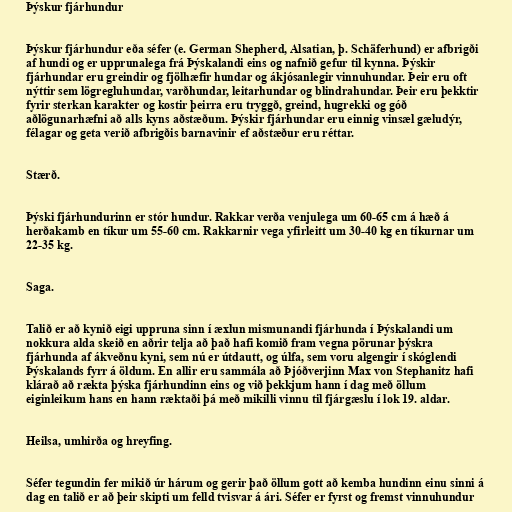
Þýskur fjárhundur

Þýskur fjárhundur eða séfer (e. German Shepherd, Alsatian, þ. Schäferhund) er afbrigði
af hundi og er upprunalega frá Þýskalandi eins og nafnið gefur til kynna. Þýskir
fjárhundar eru greindir og fjölhæfir hundar og ákjósanlegir vinnuhundar. Þeir eru oft
nýttir sem lögregluhundar, varðhundar, leitarhundar og blindrahundar. Þeir eru þekktir
fyrir sterkan karakter og kostir þeirra eru tryggð, greind, hugrekki og góð
aðlögunarhæfni að alls kyns aðstæðum. Þýskir fjárhundar eru einnig vinsæl gæludýr,
félagar og geta verið afbrigðis barnavinir ef aðstæður eru réttar.

Stærð.

Þýski fjárhundurinn er stór hundur. Rakkar verða venjulega um 60-65 cm á hæð á
herðakamb en tíkur um 55-60 cm. Rakkarnir vega yfirleitt um 30-40 kg en tíkurnar um
22-35 kg.

Saga.

Talið er að kynið eigi uppruna sinn í æxlun mismunandi fjárhunda í Þýskalandi um
nokkura alda skeið en aðrir telja að það hafi komið fram vegna pörunar þýskra
fjárhunda af ákveðnu kyni, sem nú er útdautt, og úlfa, sem voru algengir í skóglendi
Þýskalands fyrr á öldum. En allir eru sammála að Þjóðverjinn Max von Stephanitz hafi
klárað að rækta þýska fjárhundinn eins og við þekkjum hann í dag með öllum
eiginleikum hans en hann ræktaði þá með mikilli vinnu til fjárgæslu í lok 19. aldar.

Heilsa, umhirða og hreyfing.

Séfer tegundin fer mikið úr hárum og gerir það öllum gott að kemba hundinn einu sinni á
dag en talið er að þeir skipti um felld tvisvar á ári. Séfer er fyrst og fremst vinnuhundur